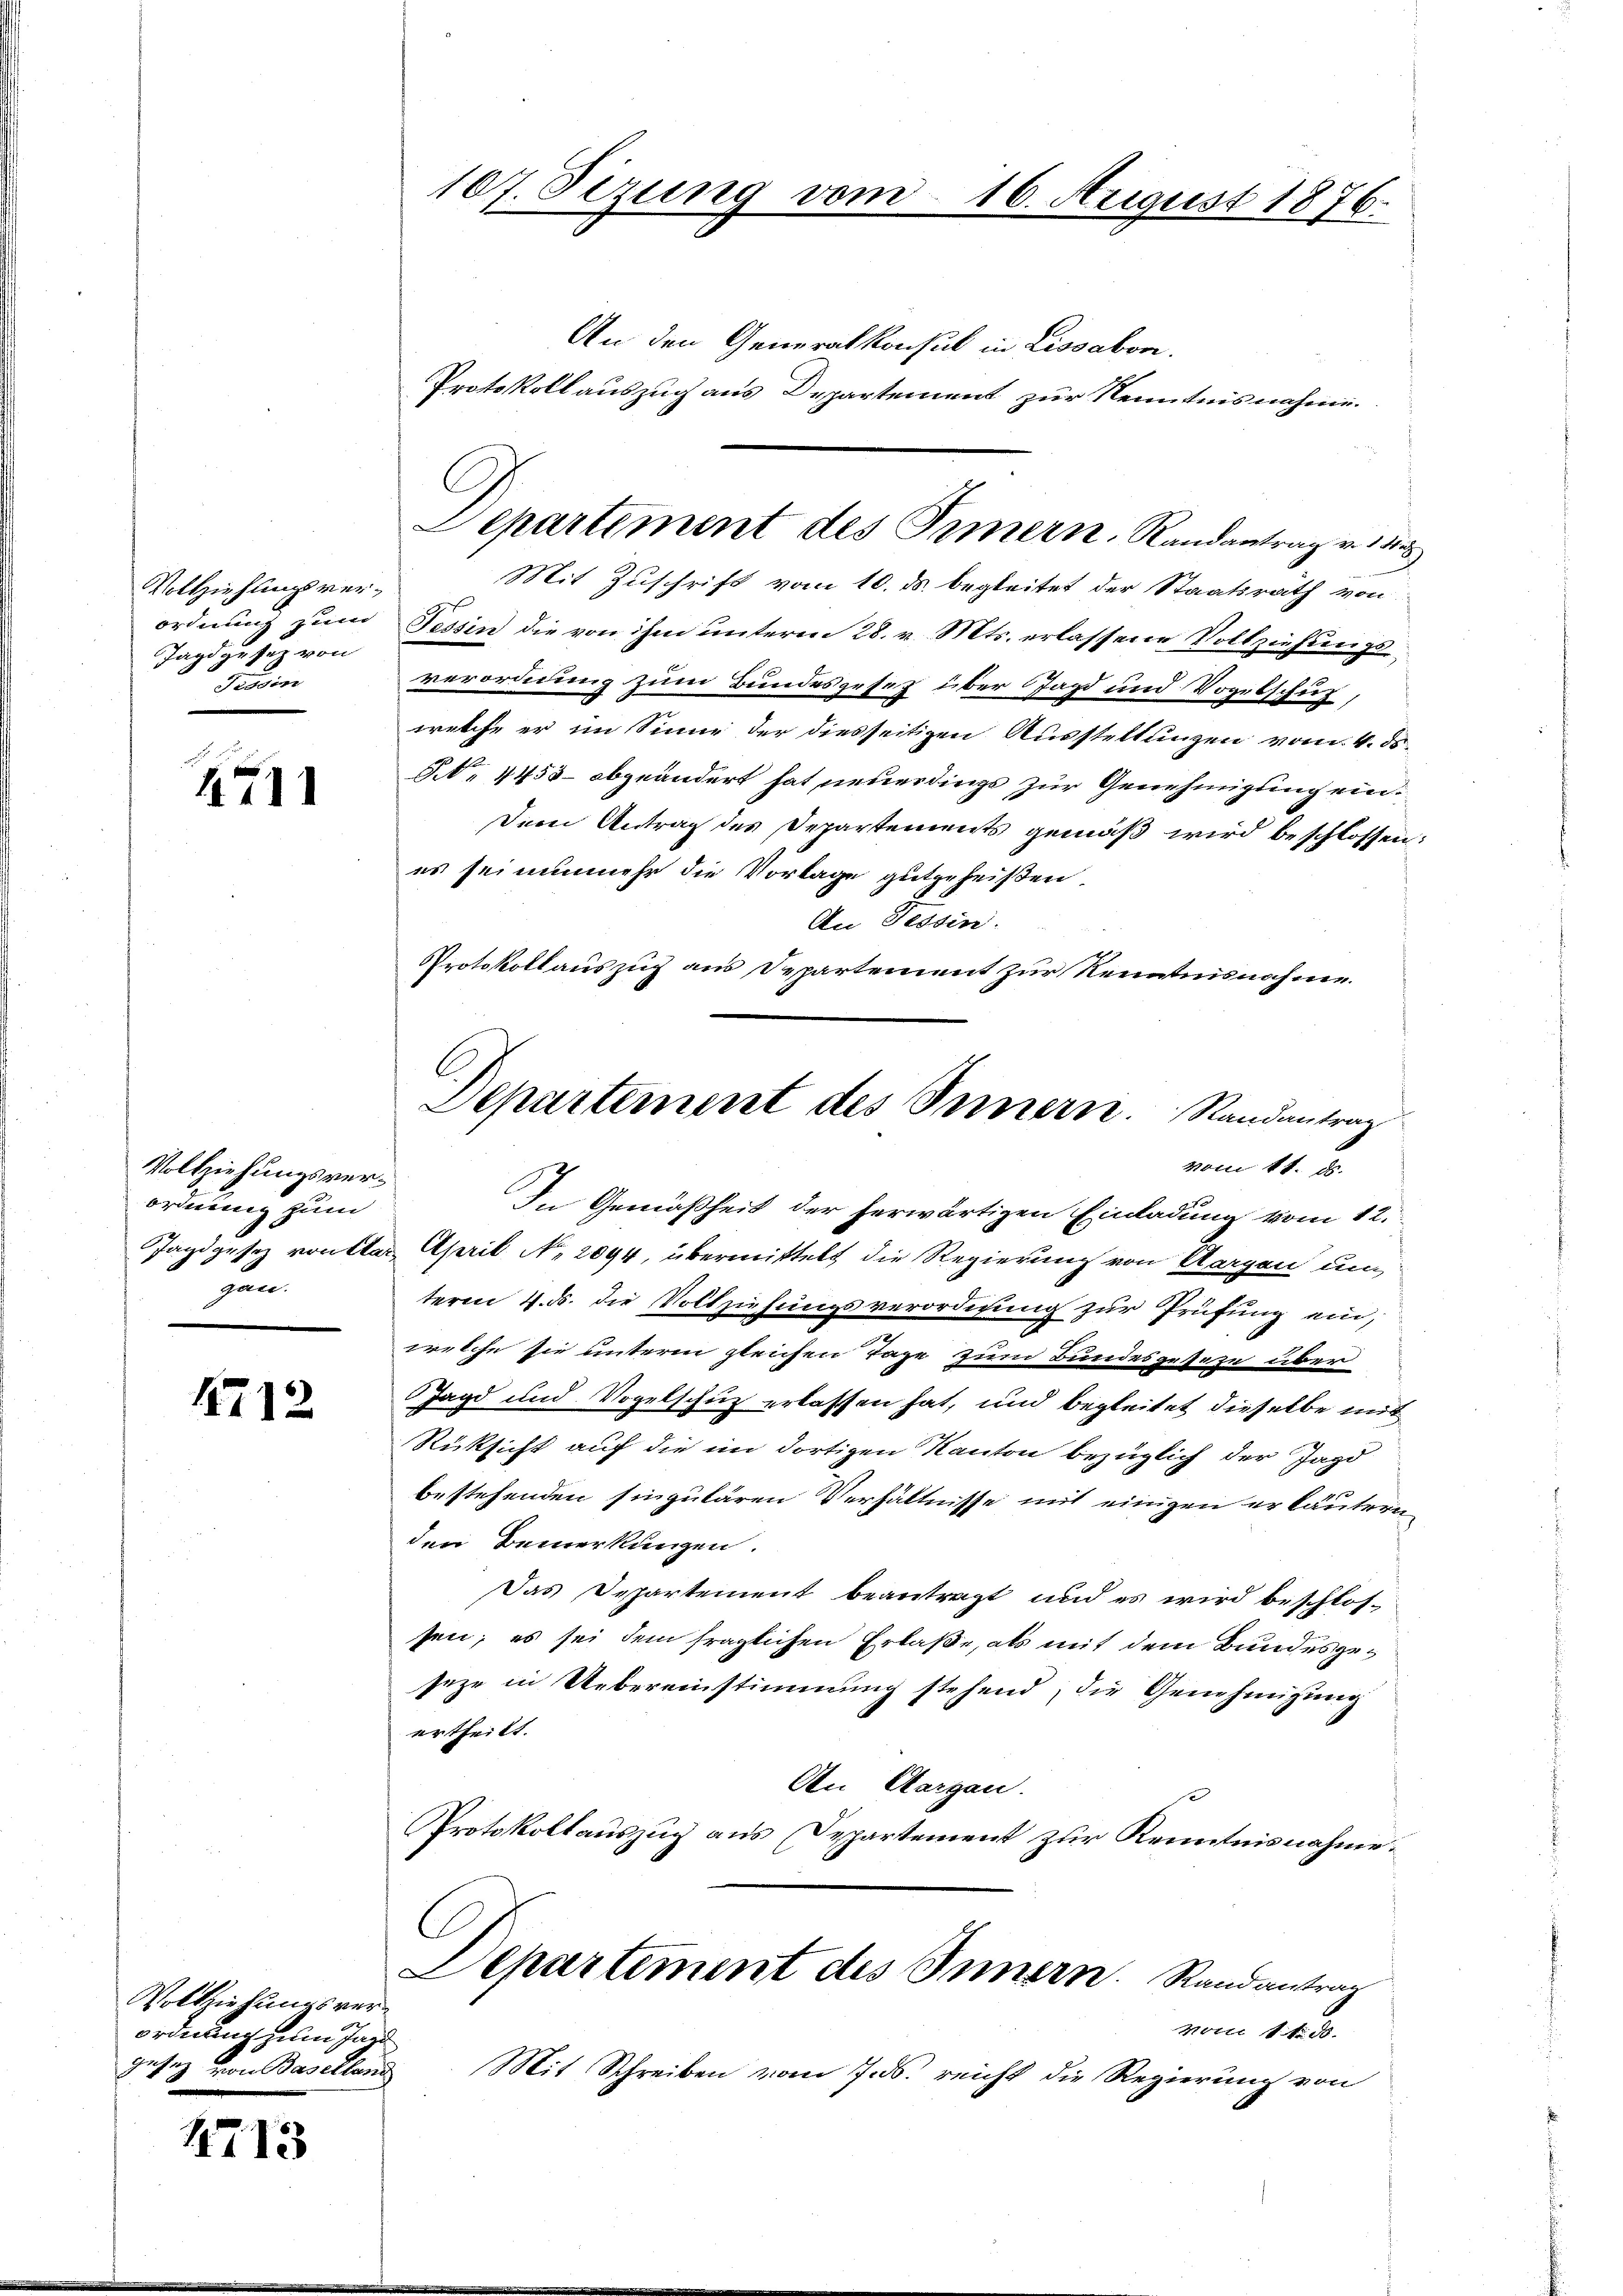
Vollziehungsverordnung zum
Jagdgesez von
Tessin

4711

Vollziehungsverordnung zum
gun

1712

Vollziehungsverordnung zum Jahr
gesetz von Baselland

1713

107. Sizung vom

An den Generalkonsul in Lissabon.
Protokoll auszug aus
C
2te
emnent
zur Kenntnisnahme.
Mit Zuschrift vom 10. ds. begleitet der Staatsrath von
Tessin die von ihm unterm 28. v. Mts. erlassene Vollziehungsverordnung zum Bundesgesez über Jagd und Vogelschuf,
welche er im Sinne der diesseitigen Ausstellungen vom 4. ds.
NN. 4453- abgeändert hat neuerdings zur Genehmigung ein¬
Dem Antrag des Departements gemäß wird beschlossen:
es sei nunmehr die Vorlage gutgeheißen.
An Tessin.
Protokoll auszug aus Departement zur Kenntnisnahme.

In Gemäßheit der herwärtigen Einladung vom 12.
Jagdgesetz vorster April N. 2094, übermittelt die Regierung von Morgen um
teren 4. ds. die Vollziehungsverordnung zur Prüfung ein,
welche sie unterm gleichen Tage zum Bundesgesetze über
Jagd und Vogelschutz erlassen hat, und begleitet dieselbe mit
Rücksicht auf die im dortigen Kanton bezüglich der Jagd
bestehenden singulären Verhältnisse mit einigen erläutern,
den Bemerkungen.
Das Departement beantragt und es wird beschlossen; es sei dem fraglichen Erlaße, als mit dem Bundesgeseze in Uebereinstimmung stehend, die Genehmigung
ertheilt.
An Aargau.
Protokollauszug aus Departement zur Kenntnisnahme.
C
Departement des Innern. Randantrag
vom 11. 30.
Mit Schreiben vom Jos. reicht die Regierung von

C
Departement des Innern. Randantrag v. 18

16. August 1876.

Departement des Innern. Randantrag
vom 11. ds.